Annual report of the Punjab Veterinary College and of the Civil Veterinary Department, Punjab - 1909-1919
Year: 1909
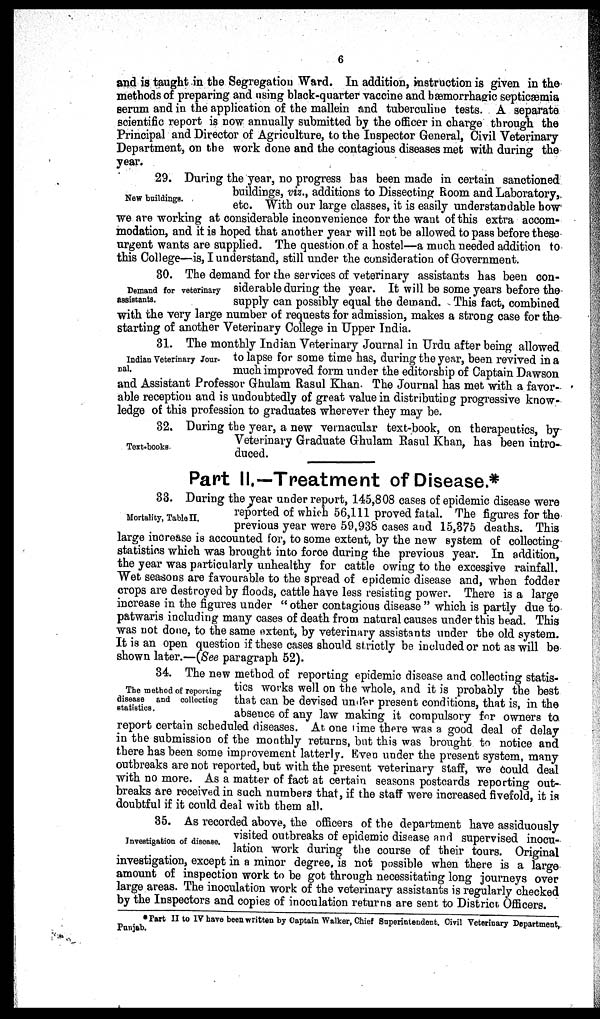
6
and is taught in the Segregation Ward. In addition, instruction is given in the
methods of preparing and using black-quarter vaccine and hæmorrhagic septicæmia
serum and in the application of the mallein and tuberculine tests. A separate
scientific report is now annually submitted by the officer in charge through the
Principal and Director of Agriculture, to the Inspector General, Civil Veterinary
Department, on the work done and the contagious diseases met with during the
year.
New buildings.
29. During the year, no progress has been made in certain sanctioned
buildings, viz., additions to Dissecting Room and Laboratory,
etc. With our large classes, it is easily understandable how
we are working at considerable inconvenience for the want of this extra accom-
modation, and it is hoped that another year will not be allowed to pass before these
urgent wants are supplied. The question of a hostel—a much needed addition to
this College—is, I understand, still under the consideration of Government.
Demand for veterinary
assistants.
30. The demand for the services of veterinary assistants has been con-
siderable during the year. It will be some years before the
supply can possibly equal the demand. This fact, combined
with the very large number of requests for admission, makes a strong case for the
starting of another Veterinary College in Upper India.
Indian Veterinary Jour-
nal.
31. The monthly Indian Veterinary Journal in Urdu after being allowed
to lapse for some time has, during the year, been revived in a
much improved form under the editorship of Captain Dawson
and Assistant Professor Ghulam Rasul Khan. The Journal has met with a favor-
able reception and is undoubtedly of great value in distributing progressive know-
ledge of this profession to graduates wherever they may be.
Text-books.
32. During the year, a new vernacular text-book, on therapeutics, by
Veterinary Graduate Ghulam Rasul Khan, has been intro-
duced.
Part II.—Treatment of Disease.*
Mortality, Table II.
33. During the year under report, 145,808 cases of epidemic disease were
reported of which 56,111 proved fatal. The figures for the
previous year were 59,938 cases and 15,375 deaths. This
large increase is accounted for, to some extent, by the new system of collecting
statistics which was brought into force during the previous year. In addition,
the year was particularly unhealthy for cattle owing to the excessive rainfall.
Wet seasons are favourable to the spread of epidemic disease and, when fodder
crops are destroyed by floods, cattle have less resisting power. There is a large
increase in the figures under "other contagious disease" which is partly due to
patwaris including many cases of death from natural causes under this bead. This
was not done, to the same extent, by veterinary assistants under the old system.
It is an open question if these cases should strictly be included or not as will be
shown later.—(See paragraph 52).
The method of reporting
disease and collecting
statistics.
34. The new method of reporting epidemic disease and collecting statis-
tics works well on the whole, and it is probably the best
that can be devised under present conditions, that is, in the
absence of any law making it compulsory for owners to
report certain scheduled diseases. At one time there was a good deal of delay
in the submission of the monthly returns, but this was brought to notice and
there has been some improvement latterly. Even under the present system, many
outbreaks are not reported, but with the present veterinary staff, we could deal
with no more. As a matter of fact at certain seasons postcards reporting out-
breaks are received in such numbers that, if the staff were increased fivefold, it is
doubtful if it could deal with them all.
Investigation of disease.
35. As recorded above, the officers of the department have assiduously
visited outbreaks of epidemic disease and supervised inocu-
lation work during the course of their tours. Original
investigation, except in a minor degree, is not possible when there is a large
amount of inspection work to be got through necessitating long journeys over
large areas. The inoculation work of the veterinary assistants is regularly checked
by the Inspectors and copies of inoculation returns are sent to District Officers.
*Part II to IV have been written by Captain Walker, Chief Superintendent. Civil Veterinary Department,
Punjab.